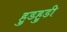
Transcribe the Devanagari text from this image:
हुडहुडी